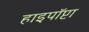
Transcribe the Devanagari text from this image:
हाइपॉप्टा